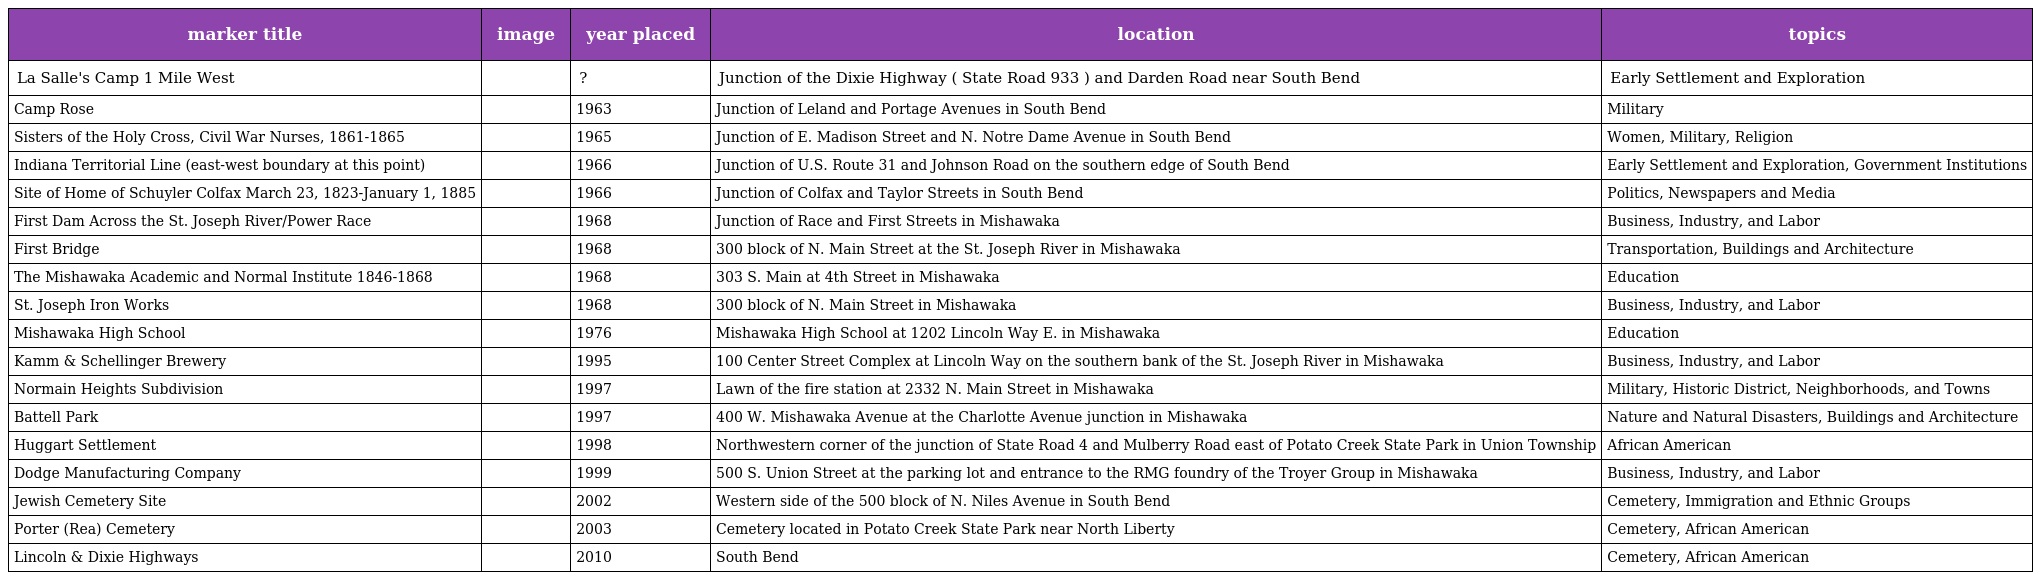
| marker title | image | year placed | location | topics |
 | --- | --- | --- | --- | --- |
 | La Salle's Camp 1 Mile West |  | ? | Junction of the Dixie Highway ( State Road 933 ) and Darden Road near South Bend | Early Settlement and Exploration |
 | Camp Rose |  | 1963 | Junction of Leland and Portage Avenues in South Bend | Military |
 | Sisters of the Holy Cross, Civil War Nurses, 1861-1865 |  | 1965 | Junction of E. Madison Street and N. Notre Dame Avenue in South Bend | Women, Military, Religion |
 | Indiana Territorial Line (east-west boundary at this point) |  | 1966 | Junction of U.S. Route 31 and Johnson Road on the southern edge of South Bend | Early Settlement and Exploration, Government Institutions |
 | Site of Home of Schuyler Colfax March 23, 1823-January 1, 1885 |  | 1966 | Junction of Colfax and Taylor Streets in South Bend | Politics, Newspapers and Media |
 | First Dam Across the St. Joseph River/Power Race |  | 1968 | Junction of Race and First Streets in Mishawaka | Business, Industry, and Labor |
 | First Bridge |  | 1968 | 300 block of N. Main Street at the St. Joseph River in Mishawaka | Transportation, Buildings and Architecture |
 | The Mishawaka Academic and Normal Institute 1846-1868 |  | 1968 | 303 S. Main at 4th Street in Mishawaka | Education |
 | St. Joseph Iron Works |  | 1968 | 300 block of N. Main Street in Mishawaka | Business, Industry, and Labor |
 | Mishawaka High School |  | 1976 | Mishawaka High School at 1202 Lincoln Way E. in Mishawaka | Education |
 | Kamm & Schellinger Brewery |  | 1995 | 100 Center Street Complex at Lincoln Way on the southern bank of the St. Joseph River in Mishawaka | Business, Industry, and Labor |
 | Normain Heights Subdivision |  | 1997 | Lawn of the fire station at 2332 N. Main Street in Mishawaka | Military, Historic District, Neighborhoods, and Towns |
 | Battell Park |  | 1997 | 400 W. Mishawaka Avenue at the Charlotte Avenue junction in Mishawaka | Nature and Natural Disasters, Buildings and Architecture |
 | Huggart Settlement |  | 1998 | Northwestern corner of the junction of State Road 4 and Mulberry Road east of Potato Creek State Park in Union Township | African American |
 | Dodge Manufacturing Company |  | 1999 | 500 S. Union Street at the parking lot and entrance to the RMG foundry of the Troyer Group in Mishawaka | Business, Industry, and Labor |
 | Jewish Cemetery Site |  | 2002 | Western side of the 500 block of N. Niles Avenue in South Bend | Cemetery, Immigration and Ethnic Groups |
 | Porter (Rea) Cemetery |  | 2003 | Cemetery located in Potato Creek State Park near North Liberty | Cemetery, African American |
 | Lincoln & Dixie Highways |  | 2010 | South Bend | Cemetery, African American |